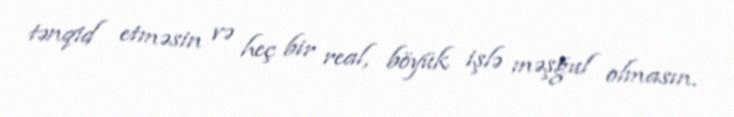
tənqid etməsin və heç bir real, böyük işlə məşğul olmasın.